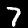
Digit: 7